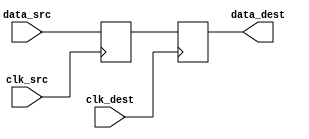
module pulsed_synchronizer (
    input wire clk_src,      // Clock signal from the source domain
    input wire data_src,     // Data signal from the source domain
    input wire clk_dest,     // Clock signal from the destination domain
    output reg data_dest     // Synchronized data signal aligned with the destination clock
);

    // Internal signals for the flip-flops
    reg data_sync_1;         // Output of the first flip-flop

    // First flip-flop: captures data_src on clk_src
    always @(posedge clk_src) begin
        data_sync_1 <= data_src;
    end

    // Second flip-flop: captures data_sync_1 on clk_dest
    always @(posedge clk_dest) begin
        data_dest <= data_sync_1;
    end

endmodule